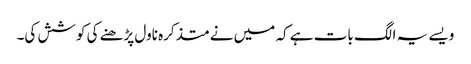
ویسے یہ الگ بات ہے کہ میں نے متذکرہ ناول پڑھنے کی کوشش کی۔